Civil Veterinary Department. Madras. Admin. report 1926-33 - 1926-1933
Year: 1926
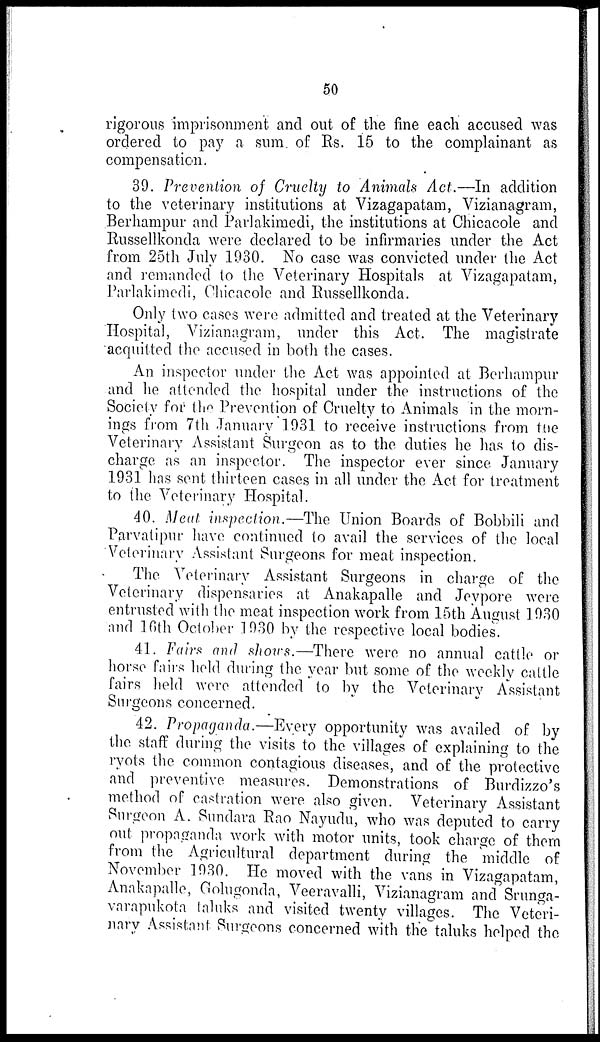
50
rigorous imprisonment and out of the fine each accused was
ordered to pay a sum of Rs. 15 to the complainant as
compensation.
39. Prevention of Cruelty to Animals Act.—In addition
to the veterinary institutions at Vizagapatam, Vizianagram,
Berhampur and Parlakimedi, the institutions at Chicacole and
Russellkonda were declared to be infirmaries under the Act
from 25th July 1930. No case was convicted under the Act
and remanded to the Veterinary Hospitals at Vizagapatam,
Parlakimedi, Chicacole and Russellkonda.
Only two cases were admitted and treated at the Veterinary
Hospital, Vizianagram, under this Act. The magistrate
acquitted the accused in both the cases.
An inspector under the Act was appointed at Berhampur
and he attended the hospital under the instructions of the
Society for the Prevention of Cruelty to Animals in the morn-
ings from 7th January 1931 to receive instructions from the
Veterinary Assistant Surgeon as to the duties he has to dis-
charge as an inspector. The inspector ever since January
1931 has sent thirteen cases in all under the Act for treatment
to the Veterinary Hospital.
40. Meat inspection.—The Union Boards of Bobbili and
Parvatipur have continued to avail the services of the local
Veterinary Assistant Surgeons for meat inspection.
The Veterinary Assistant Surgeons in charge of the
Veterinary dispensaries at Anakapalle and Jeypore were
entrusted with the meat inspection work from 15th August 1930
and 16th October 1930 by the respective local bodies.
41. Fairs and shows.—There were no annual cattle or
horse fairs held during the year but some of the weekly cattle
fairs held were attended to by the Veterinary Assistant
Surgeons concerned.
42. Propaganda.—Every opportunity was availed of by
the staff during the visits to the villages of explaining to the
ryots the common contagious diseases, and of the protective
and preventive measures. Demonstrations of Burdizzo's
method of castration were also given. Veterinary Assistant
Surgeon A. Sundara Rao Nayudu, who was deputed to carry
out propaganda work with motor units, took charge of them
from the Agricultural department during the middle of
November 1930. He moved with the vans in Vizagapatam,
Anakapalle, Golugonda, Veeravalli, Vizianagram and Srunga-
varapukota taluks and visited twenty villages. The Veteri-
nary Assistant Surgeons concerned with the taluks helped the